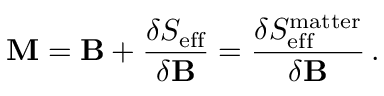
{ \bf M } = { \bf B } + { \frac { \delta S _ { \mathrm { e f f } } } { \delta { \bf B } } } = { \frac { \delta S _ { \mathrm { e f f } } ^ { \mathrm { m a t t e r } } } { \delta { \bf B } } } \, .